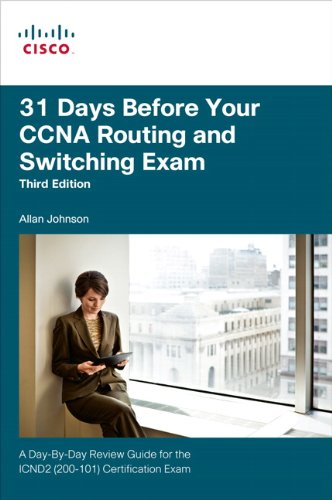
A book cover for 31 Days Before Your CCNA Routing and Switching Exam: A Day-By-Day Review Guide for the ICND2 (200-101) Certification Exam (3rd Edition); Allan Johnson; Computers & Technology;